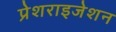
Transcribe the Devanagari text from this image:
प्रेशराइजेशन